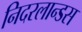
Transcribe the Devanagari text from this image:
निदरलान्डस